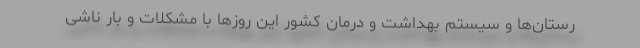
رستان‌ها و سیستم بهداشت و درمان کشور این روزها با مشکلات و بار ناشی